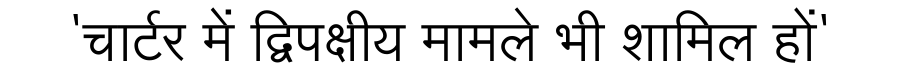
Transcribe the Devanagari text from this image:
'चार्टर में द्विपक्षीय मामले भी शामिल हों'